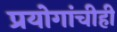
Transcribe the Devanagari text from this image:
प्रयोगांचीही